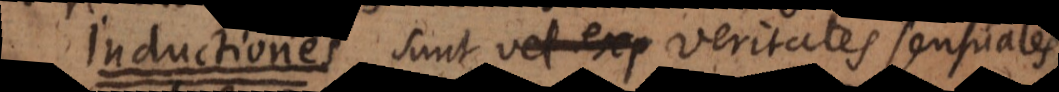
I sunt vel exp veritates sensuales